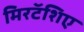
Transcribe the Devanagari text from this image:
मिरटॅशिए